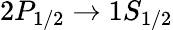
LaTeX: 2P_{1/2}\to 1S_{1/2}